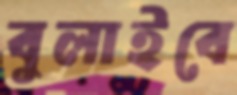
বুলাইবে